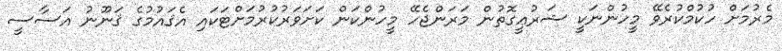
މެރުމަށް ހުކުމްކުރެވޭ މީހުންނަކީ ޝަރުޢީގޮތުން މަރަންޖެހޭ މީހުންކަން ކަށަވަރުކުރުމަށްޓަކައި އެޤައުމުގެ ޤަނޫނު އަސާސީ